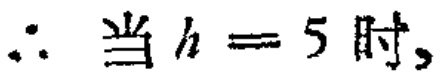
\(\therefore \text{当 } h = 5 \text{ 时,}\)